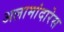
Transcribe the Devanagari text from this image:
अलामांदारेस